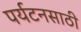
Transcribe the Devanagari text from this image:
पर्यटनसाठी